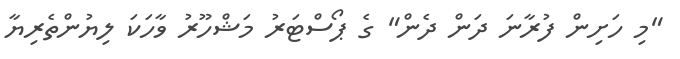
"މި ހަށިން ފުރާނަ ދަން ދެން" ގެ ޕޯސްޓަރު މަޝްހޫރު ވާހަކަ ލިޔުންތެރިޔާ